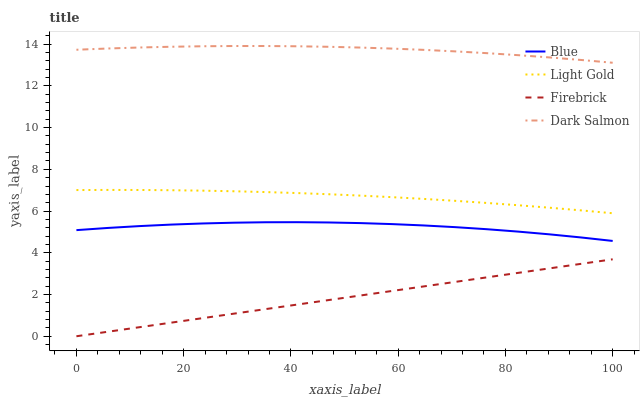
| xaxis_label | Blue | Light Gold | Firebrick | Dark Salmon |
 | --- | --- | --- | --- | --- |
 | 0 | 5.09 | 7.01 | 0 | 13.7 |
 | 5.88 | 5.19 | 7.01 | 0.217 | 13.8 |
 | 11.8 | 5.28 | 7.01 | 0.434 | 13.8 |
 | 17.6 | 5.35 | 7 | 0.651 | 13.9 |
 | 23.5 | 5.4 | 6.98 | 0.868 | 13.9 |
 | 29.4 | 5.44 | 6.95 | 1.08 | 13.9 |
 | 35.3 | 5.46 | 6.91 | 1.3 | 13.9 |
 | 41.2 | 5.47 | 6.86 | 1.52 | 13.9 |
 | 47.1 | 5.45 | 6.81 | 1.74 | 13.9 |
 | 52.9 | 5.42 | 6.74 | 1.95 | 13.8 |
 | 58.8 | 5.37 | 6.67 | 2.17 | 13.8 |
 | 64.7 | 5.31 | 6.58 | 2.39 | 13.7 |
 | 70.6 | 5.23 | 6.49 | 2.6 | 13.7 |
 | 76.5 | 5.13 | 6.39 | 2.82 | 13.6 |
 | 82.4 | 5.02 | 6.28 | 3.04 | 13.5 |
 | 88.2 | 4.88 | 6.16 | 3.25 | 13.4 |
 | 94.1 | 4.73 | 6.03 | 3.47 | 13.2 |
 | 100 | 4.57 | 5.89 | 3.69 | 13.1 |